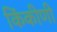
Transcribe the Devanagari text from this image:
किंकीणी